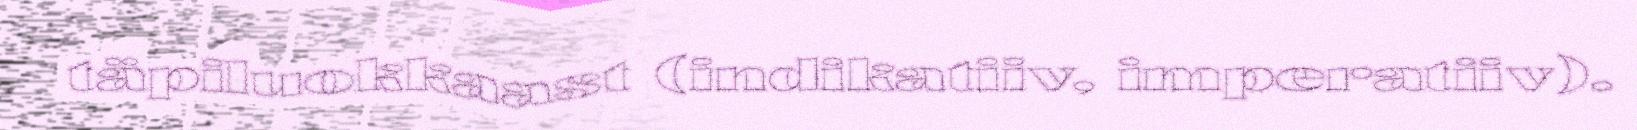
täpiluokkaast (indikatiiv, imperatiiv).